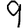
Digit: 9